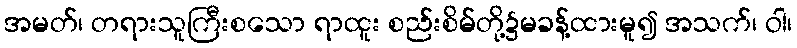
အမတ်၊ တရားသူကြီးစသော ရာထူး စည်းစိမ်တို့၌မခန့်ထားမူ၍ အသက်၊ ဝါ၊